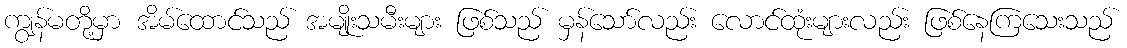
ကျွန်မတို့မှာ အိမ်ထောင်သည် အမျိုးသမီးများ ဖြစ်သည် မှန်သော်လည်း လောင်ထုံးများလည်း ဖြစ်နေကြသေးသည်